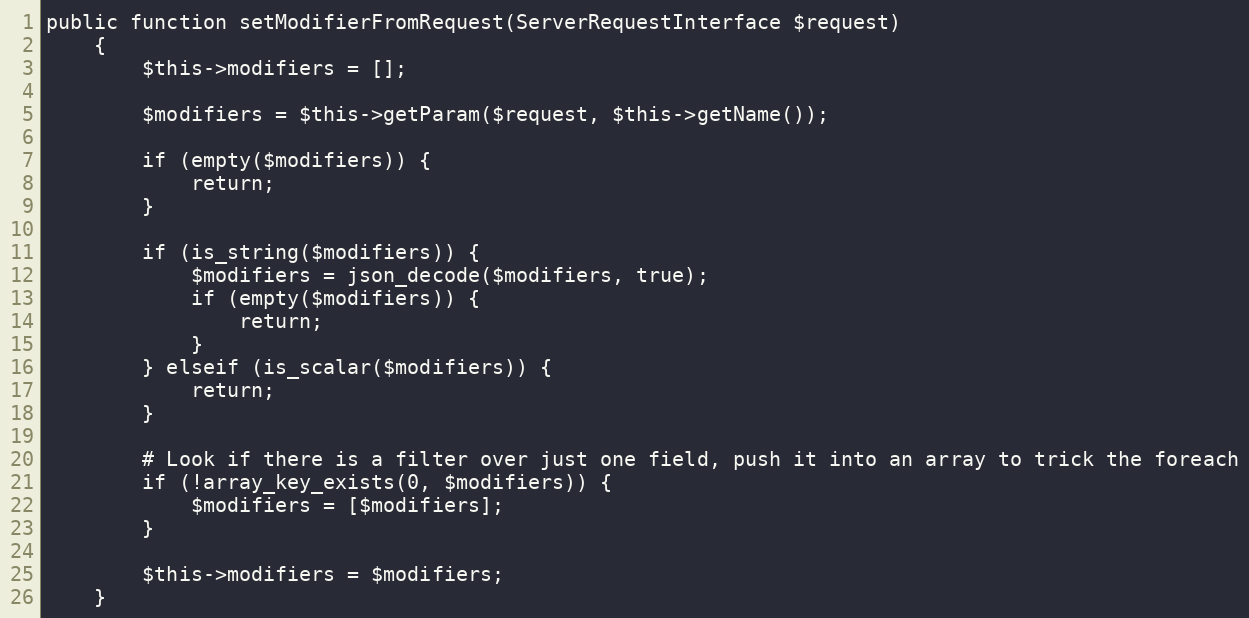
Language: PHP
public function setModifierFromRequest(ServerRequestInterface $request)
    {
        $this->modifiers = [];

        $modifiers = $this->getParam($request, $this->getName());

        if (empty($modifiers)) {
            return;
        }

        if (is_string($modifiers)) {
            $modifiers = json_decode($modifiers, true);
            if (empty($modifiers)) {
                return;
            }
        } elseif (is_scalar($modifiers)) {
            return;
        }

        # Look if there is a filter over just one field, push it into an array to trick the foreach
        if (!array_key_exists(0, $modifiers)) {
            $modifiers = [$modifiers];
        }

        $this->modifiers = $modifiers;
    }